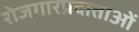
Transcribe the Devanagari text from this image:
रोजगारप्रदाताओं